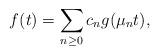
LaTeX: \begin{align*}f(t)=\sum_{n\geq 0} c_n g(\mu_n t),\end{align*}